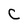
Character: C